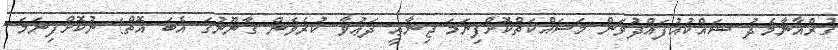
ޤުރްއާނާމެދު ޝައްކުއުފައްދުވަން މަސައްކަތްކޮށްފިނަމަ ޖިނާޢީ ދަޢުވާ ކުރެވެން ޤާނޫނުގަ އެބަ އޮތް! ނުކޮށްފިނަމަ